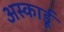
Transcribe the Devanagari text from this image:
अस्कार्डू